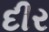
દીર